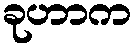
ခုဟာက